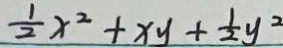
\frac { 1 } { 2 } x ^ { 2 } + x y + \frac { 1 } { 2 } y ^ { 2 }